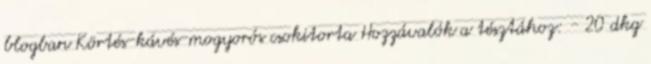
blogban Körtés-kávés-mogyorós csokitorta Hozzávalók a tésztához: - 20 dkg